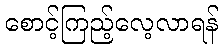
စောင့်ကြည့်လေ့လာရန်